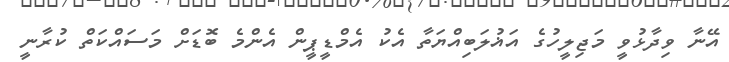
އޭނާ ވިދާޅުވީ މަޖިލީހުގެ އަޣުލަބިއްޔަތާ އެކު އެމްޑީޕީން އެންމެ ބޮޑަށް މަސައްކަތް ކުރާނީ